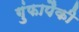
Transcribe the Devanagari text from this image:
गुंफापैकी